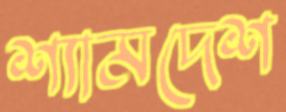
শ্যামদেশ